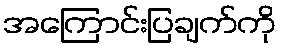
အကြောင်းပြချက်ကို